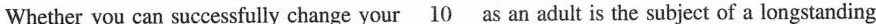
Whether you can successfully change yourl \underline{10} as an adult is the subject of a longstanding